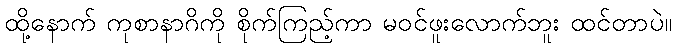
ထို့နောက် ကုစာနာဂိကို စိုက်ကြည့်ကာ မဝင်ဖူးလောက်ဘူး ထင်တာပဲ။